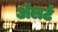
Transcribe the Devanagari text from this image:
अॅलर्ट